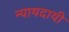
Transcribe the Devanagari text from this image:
न्यायदायी